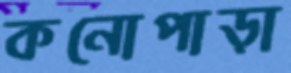
কনোপাড়া